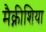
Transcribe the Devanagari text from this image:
मैक्नीशिया